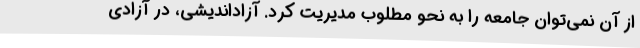
از آن نمی‌توان جامعه را به نحو مطلوب مدیریت کرد. آزاداندیشی، در آزادی